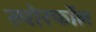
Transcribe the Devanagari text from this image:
स्पोरफॉल